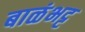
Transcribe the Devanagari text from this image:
बाळंभट्ट